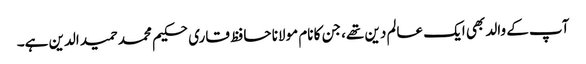
آپ کے والد بھی ایک عالم دین تھے، جن کا نام مولانا حافظ قاری حکیم محمد حمید الدین ہے۔